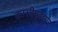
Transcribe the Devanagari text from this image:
कासीमबझार